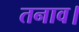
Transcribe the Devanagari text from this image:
तनाव।